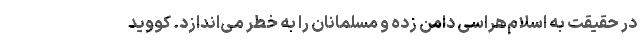
در حقیقت به اسلام‌هراسی دامن زده و مسلمانان را به خطر می‌اندازد. کووید